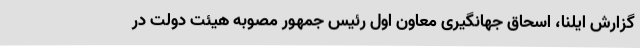
گزارش ایلنا، اسحاق جهانگیری معاون اول رئیس جمهور مصوبه هیئت دولت در